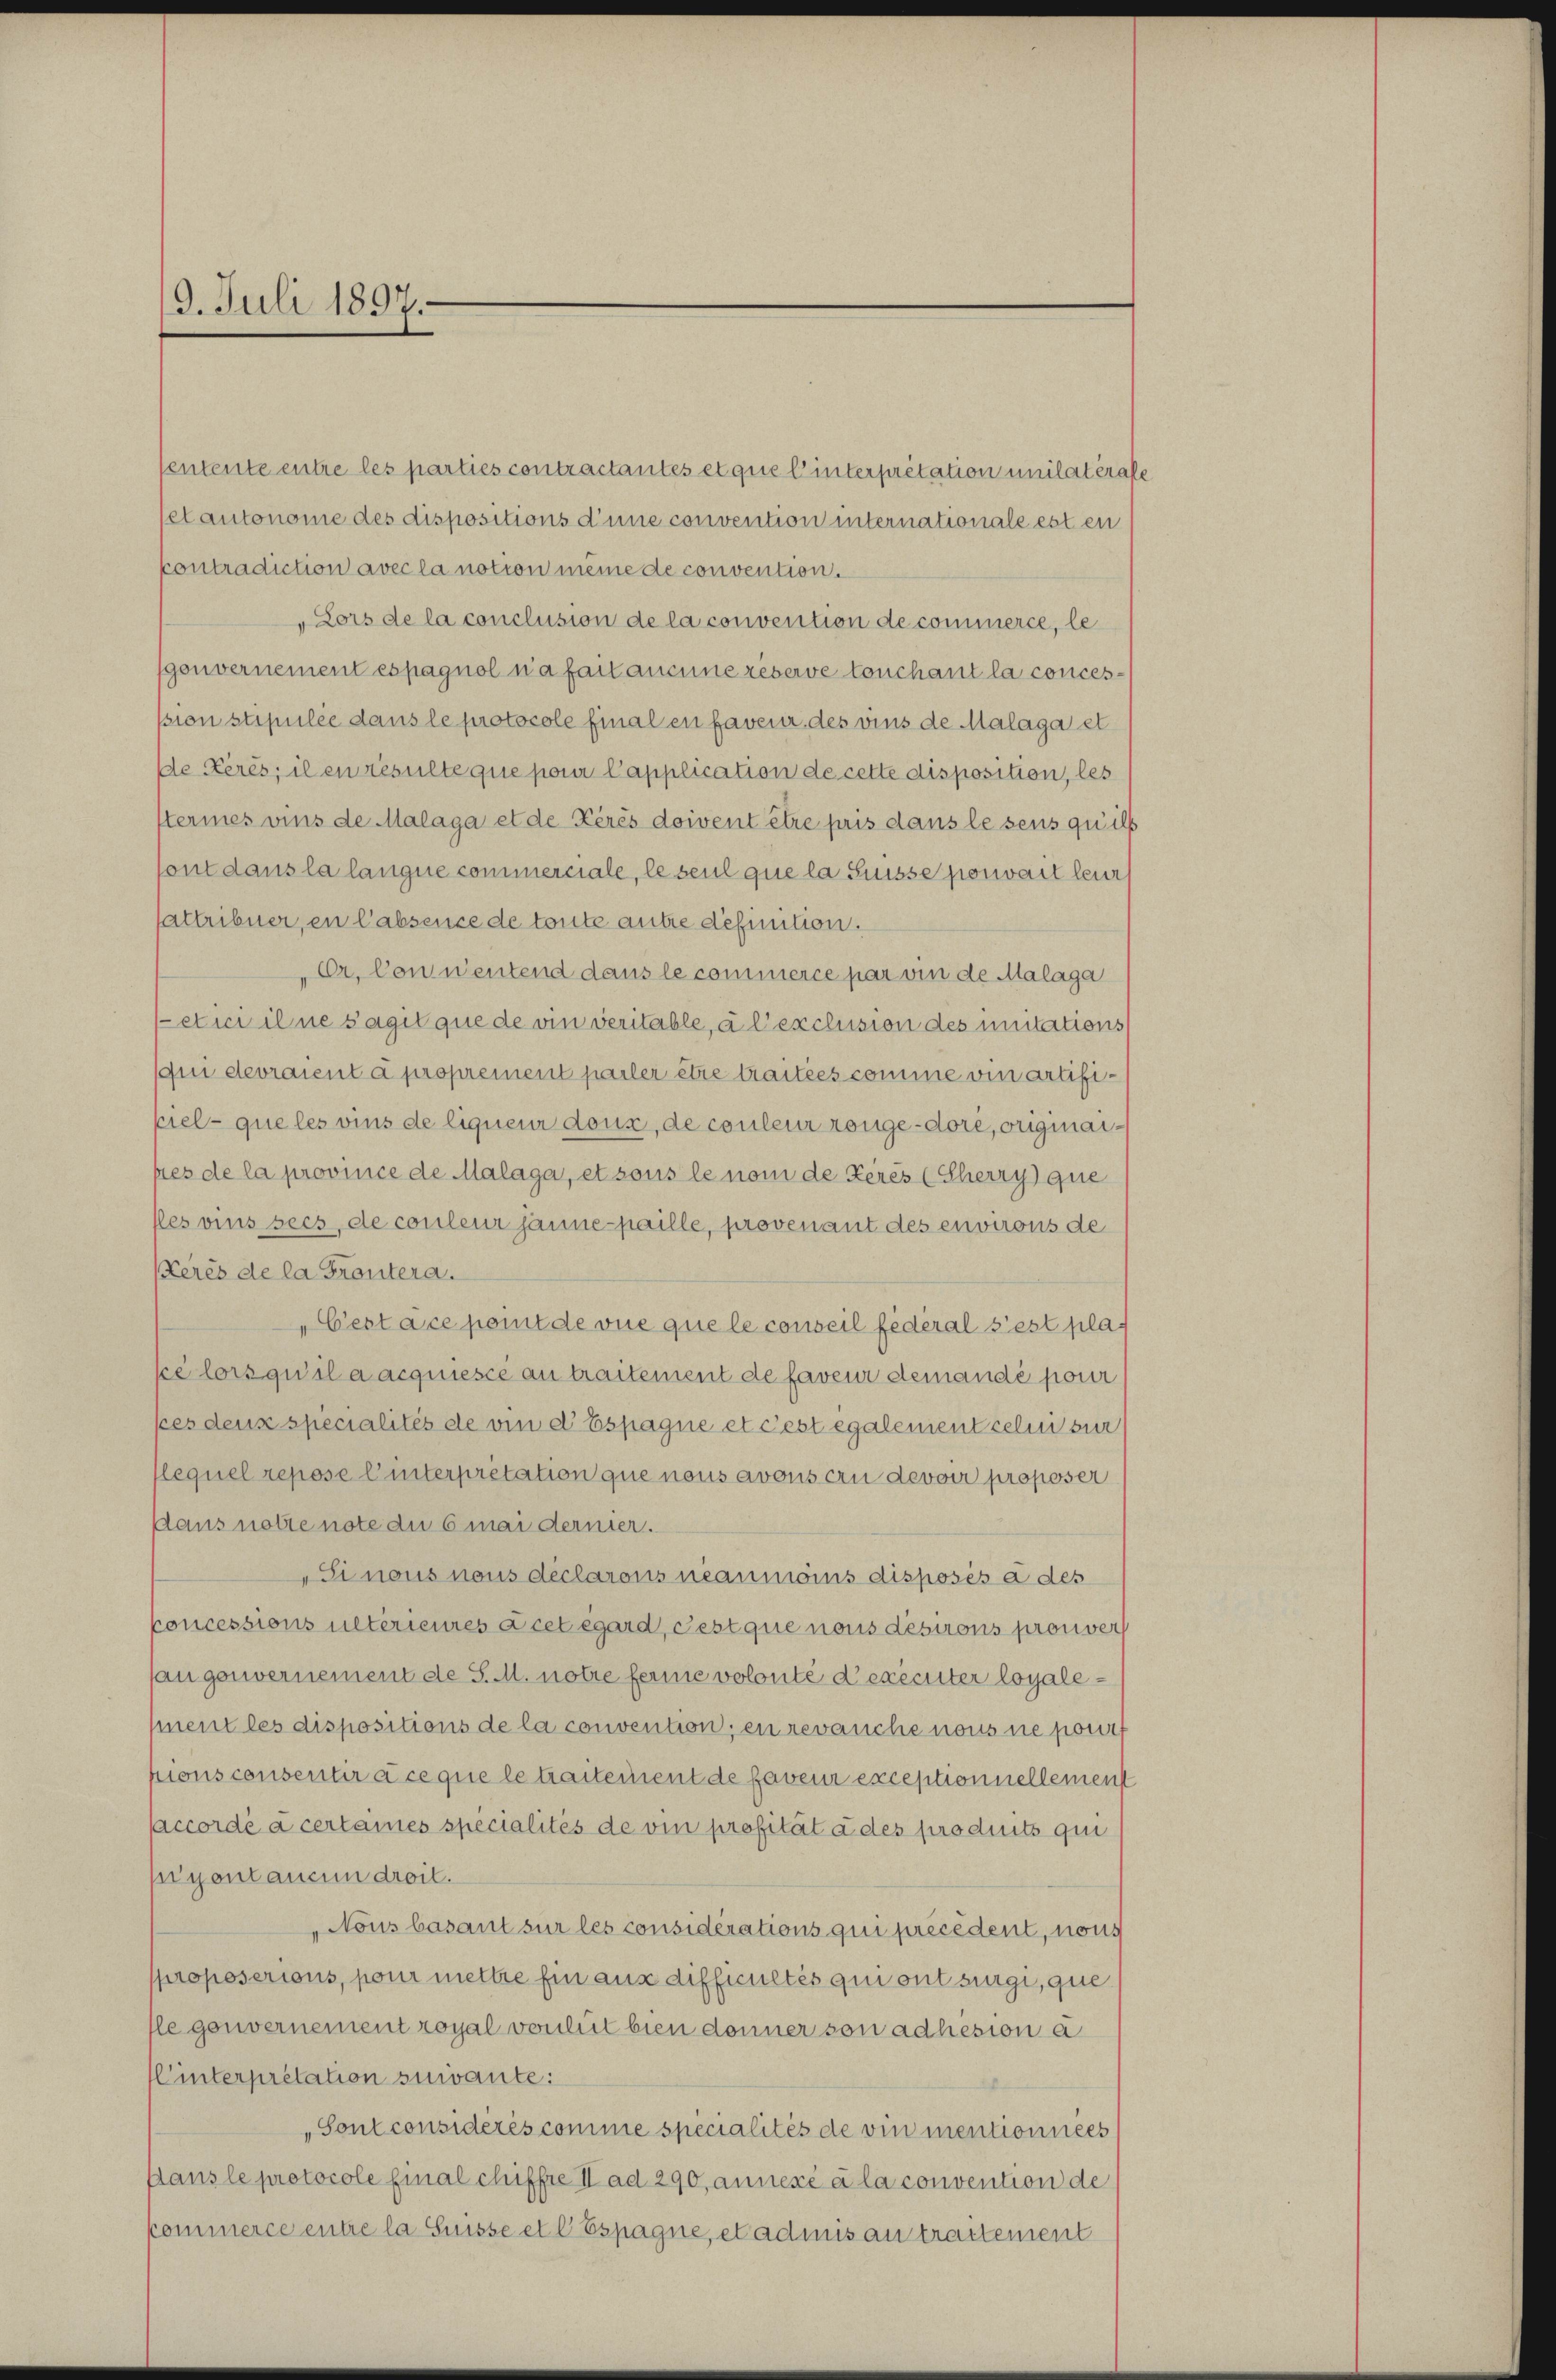
9. Juli 1897.

entente entre les parties contractantes et que l’interpretation unilat trafe
etautonome des dispositions d’une convention internationale est en
kontradiction avec la notion même de convention.
„Lors de la conclusion de la convention de commerce, le
gouvernement espagnol na fait aucune reserve touchant la concespion stipulée dans le protocole final en faveur des vins de Malaga et
De Kerés; il en resulte que pour Capplication de cette disposition, les
teries vins de Malaga et de Kérés doivent être pris dans le sens qu’ils
ont dans la langne commerciale, le seul que la Suisse pouvait leur
attribuer, en l'absence de toute autre definition.
Cr. Conwentend dans le commerce par vie de Malaga
etici il ne s’agit que de vin veritable, à l’exclision des unitations
(qui devraient à proprement pasler etze traitées comme vin artifipiel- que les vins de liqueur doux, de couleur rönge-dore, originaipies de la province de Malaga, et sous le nom de Keres (Eherry que
fles vins sees, de couleur Jänne-paille, provenant des environs de
Keres de la Frontera.
Cestace point de vue que le conseil fédéral s’est pla-
sce lorsqu’il a acquiesce an traitement de faveur demandé pour
ces deux specialités de vin d Espagne et Fest également celui sur
lequel repose linterpretation que nous avous ein devoir proposer
daus notte note du 6 mai dernier.
Sinaus nous declarons néanmoins disposés à des
koncessions ulterieures à cet égard, Pest que nous desirons prouver
saugenvernement de S. M. notre ferie volonté d’executer loyalement les dispositions de la convention, en revanche nous ne pour
pions consentir à ce que le traitement de faveur exceptionnellement
accordé à certaines specialités de vin profität à des produits qui
seigent aucun droit.
„Nous basant sur les considérations qui précédent, nous
proposerions, pour mettre fin aus difficultés qui ont surgi, que
le gouvernement royal von lut bien donner son adhesion a
Cinterpretation suivante:
„Sont considérés comme spécialités de vin mentionnées
Hans le protocole final chiffre II ad 290, annexé à la convention de
kommerce entre la Suisse et 6 Espagne, et admis antractement